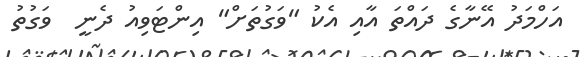
އަހްމަދު އޭނާގެ ދައްތަ އާއި އެކު "ވަގުތަށް" އިންޓަވިއު ދެނީ  ވަގުތު